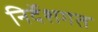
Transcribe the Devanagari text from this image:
निर्देशगत